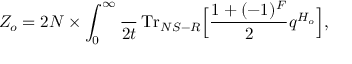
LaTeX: Z _ { o } = 2 N \times \int _ { 0 } ^ { \infty } \frac { \d t } { 2 t } \, \mathrm { T r } _ { N S - R } \Big [ \frac { 1 + ( - 1 ) ^ { F } } { 2 } q ^ { H _ { o } } \Big ] ,